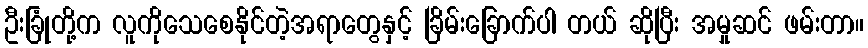
ဦးခြုံတို့က လူကိုသေစေနိုင်တဲ့အရာတွေနှင့် ခြိမ်းခြောက်ပါ တယ် ဆိုပြီး အမှုဆင် ဖမ်းတာ။